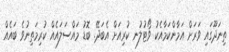
ތިނަދޫގައި ވަރަށް އަމާންކަމާއެކު ވޯޓުލުނ ކުރިއަށް އެބަދޭ. ބޮޑު މައްސަލައެއް ކުރިމަތިނުވެ ބައެއް